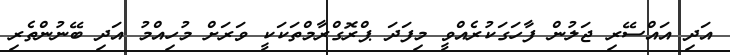
އަދި އައްސޭރި ޖަލުން ފާހަގަކުރެއްވީ މިފަދަ ޕްރޮގްރާމްތަކަކީ ވަރަށް މުހިއްމު އަދި ބޭނުންތެރި